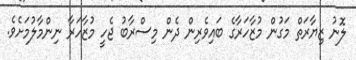
ލޮނު ޒިޔާރަތް މަގުން މުޒާހަރާގެ ބައިވެރިން ދެން މިސްރާބު ޖެހީ މުޒާހަރާ ނިންމާލުމަށެވެ.